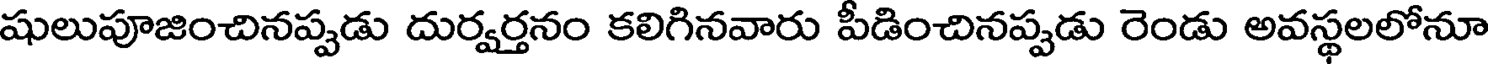
షులుపూజించినప్పడు దుర్వర్తనం కలిగినవారు పీడించినప్పడు రెండు అవస్థలలోనూ